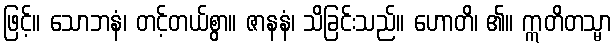
ဖြင့်။ သောဘနံ၊ တင့်တယ်စွာ။ ဇာနနံ၊ သိခြင်းသည်။ ဟောတိ၊ ၏။ ဣတိတသ္မာ